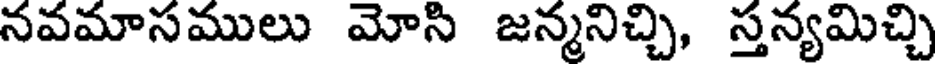
నవమాసములు మోసి జన్మనిచ్చి, స్తన్యమిచ్చి